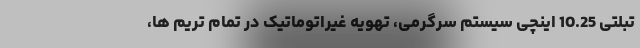
تبلتی 10.25 اینچی سیستم سرگرمی، تهویه غیراتوماتیک در تمام تریم ها،